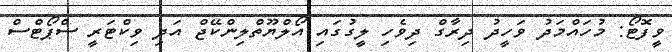
ވީފޮޓޯ: މުހައްމަދު ވަހީދު ދިރާގް ދިވެހި ލީގުގައި އޯލްޔޫތްލިންކޭޖް އަދި ވިކްޓަރީ ސްޕޯޓްސް